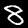
Digit: 8